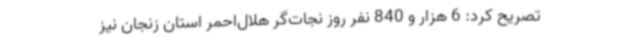
تصریح کرد: 6 هزار و 840 نفر روز نجات‌گر هلال‌احمر استان زنجان نیز